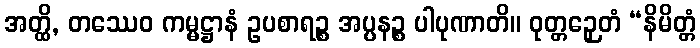
အတ္ထိ, တဿေဝ ကမ္မဋ္ဌာနံ ဥပစာရဉ္စ အပ္ပနဉ္စ ပါပုဏာတိ။ ဝုတ္တဉှေတံ “နိမိတ္တံ